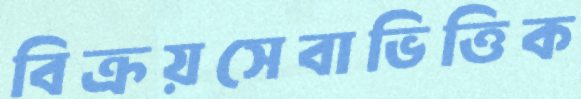
বিক্রয়সেবাভিত্তিক